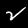
Label: 2